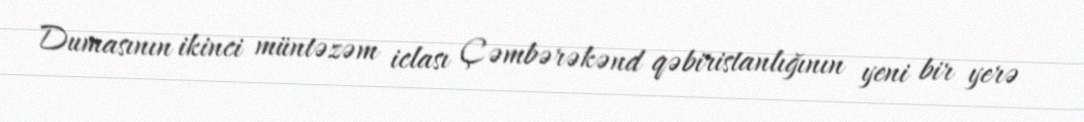
Dumasının ikinci müntəzəm iclası Çəmbərəkənd qəbiristanlığının yeni bir yerə